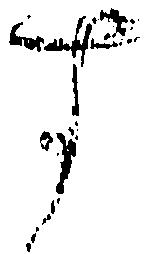
す